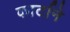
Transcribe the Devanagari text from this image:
कार्टाने